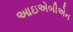
આઇએબીએન